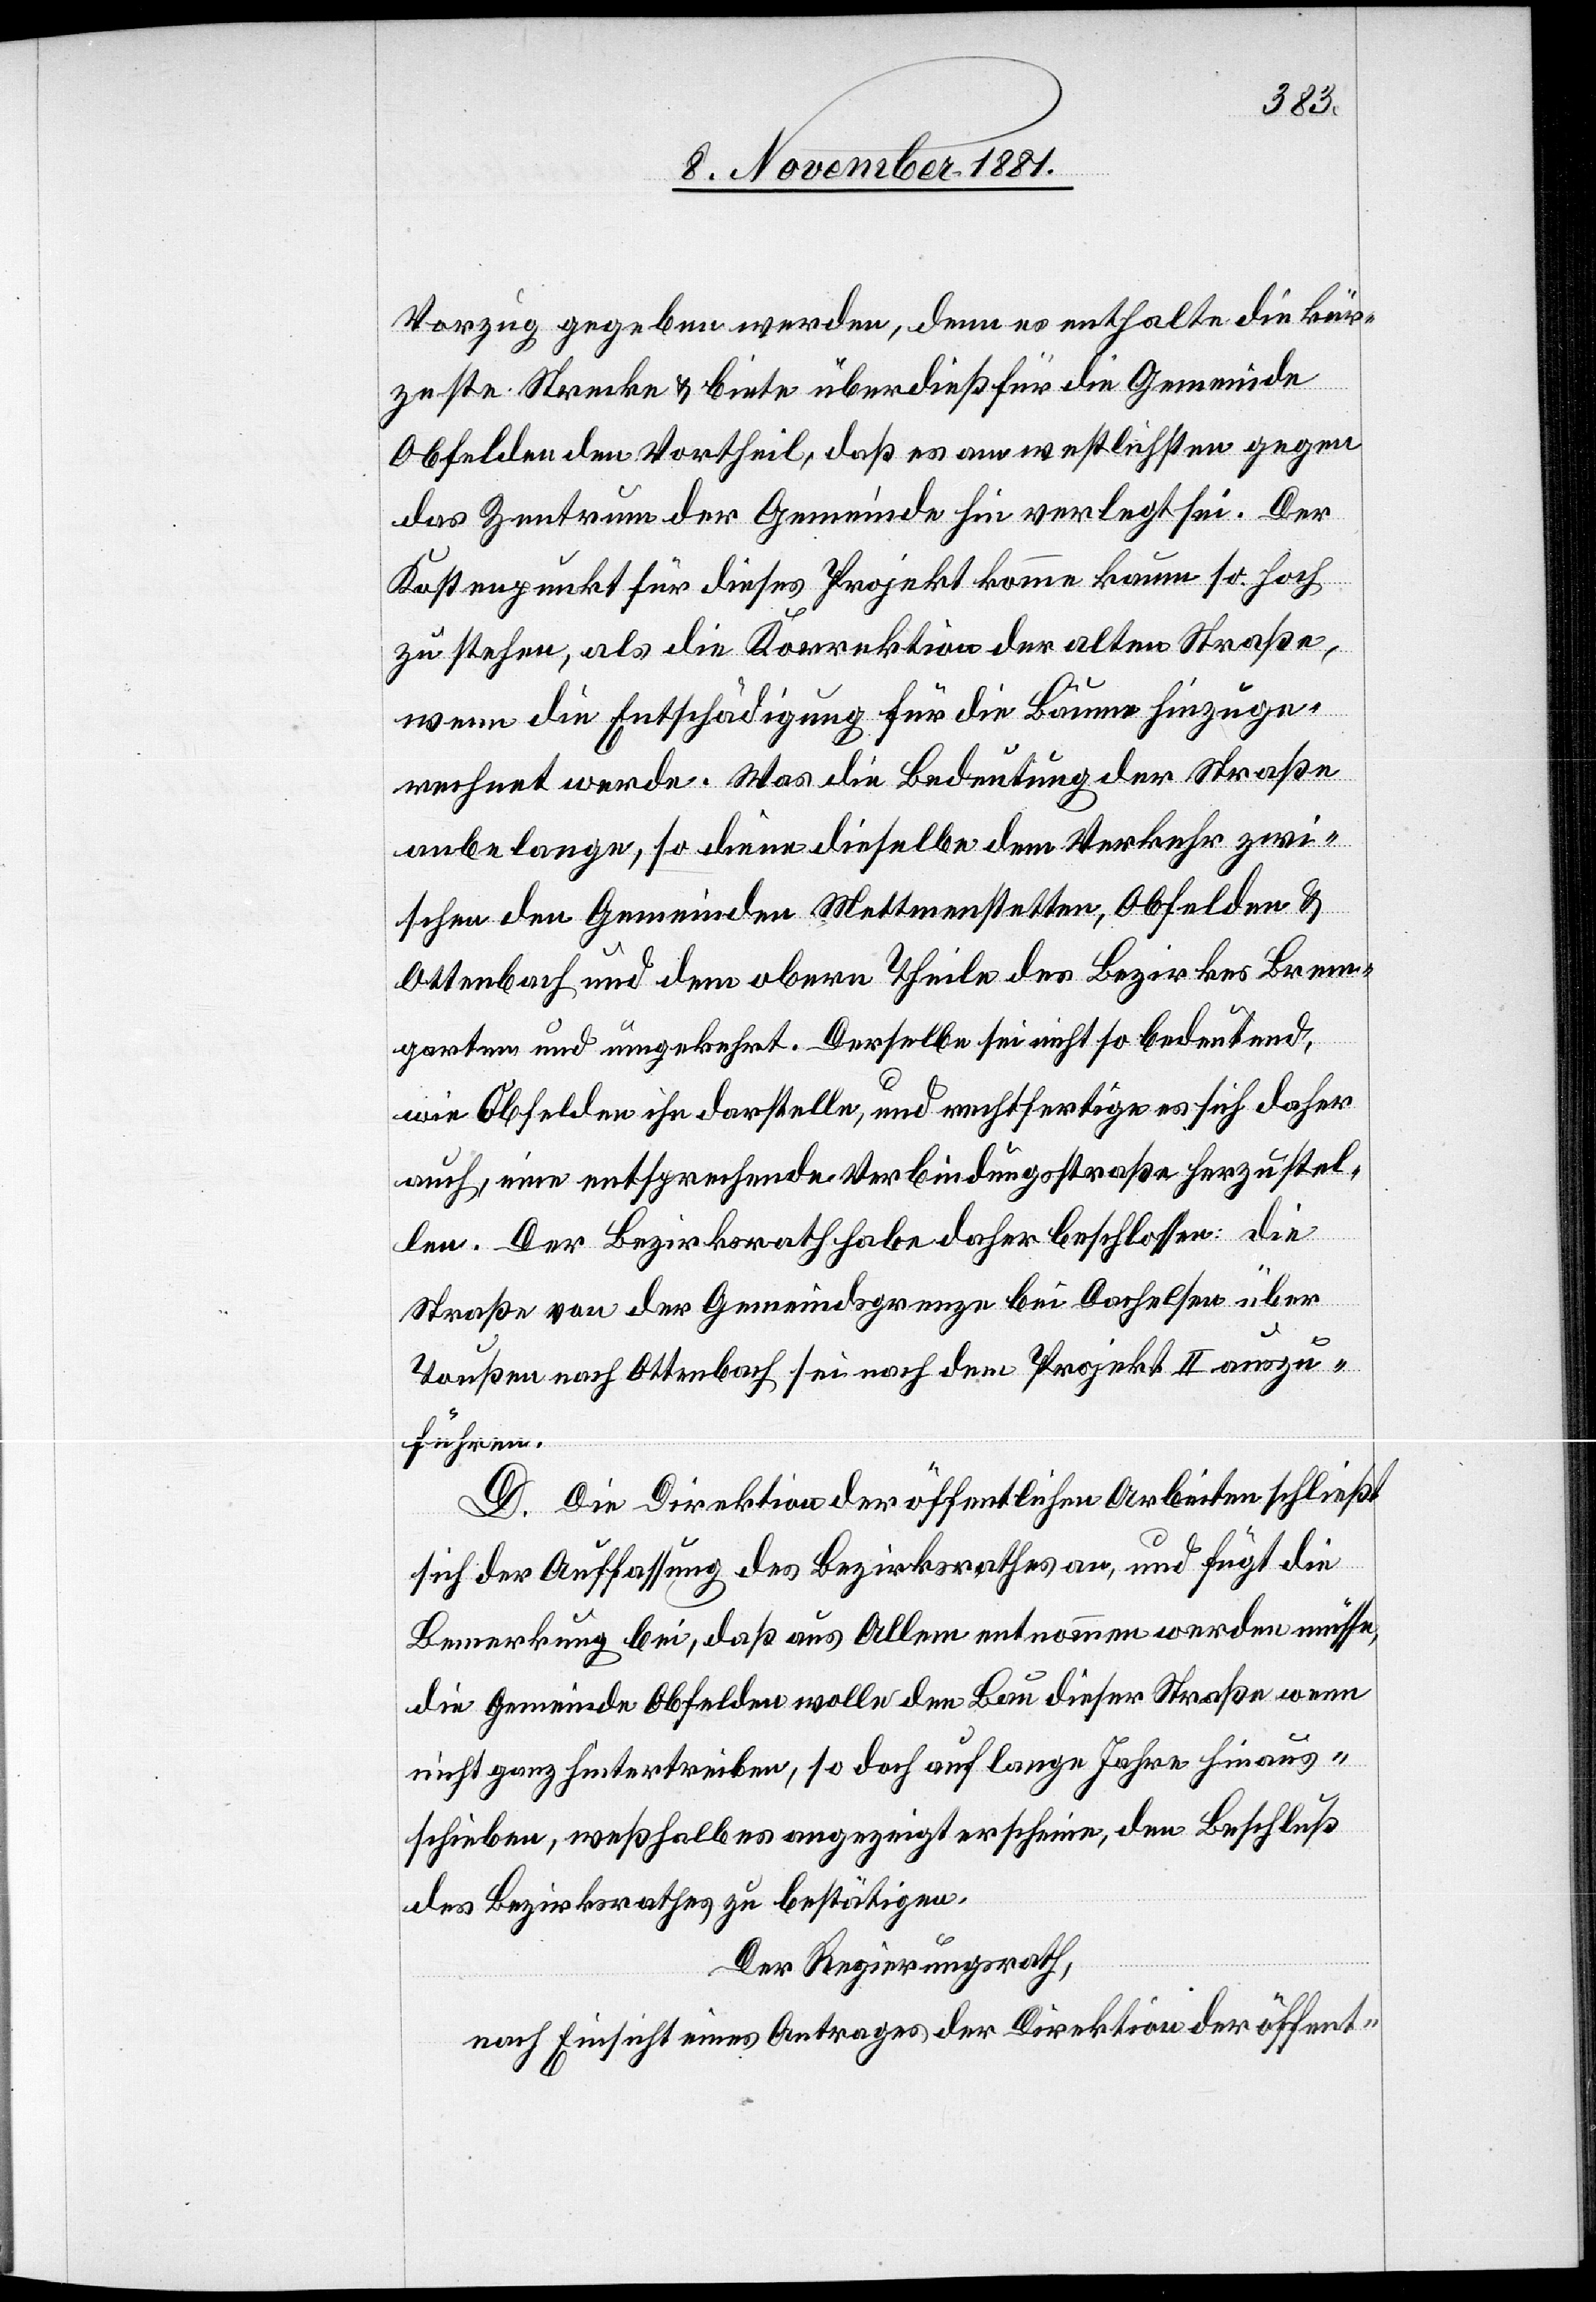
Vorzug gegeben werden, denn es enthalte die kür¬
zeste Strecke & biete überdieß für die Gemeinde
Obfelden den Vortheil, daß es am westlichsten gegen
das Zentrum der Gemeinde hin verlegt sei. Der
Kostenpunkt für dieses Projekt komme kaum so hoch
zu stehen, als die Korrektion der alten Straße,
wenn die Entschädigung für die Bäume hinzuge¬
rechnet werde. Was die Bedeutung der Straße
anbelange, so diene dieselbe dem Verkehr zwi¬
schen den Gemeinden Mettmenstetten, Obfelden &
Ottenbach und dem obern Theile des Bezirkes Brem¬
garten und umgekehrt. Derselbe sei nicht so bedeutend,
wie Obfelden ihn darstelle, und rechtfertige es sich daher
auch, eine entsprechende Verbindungsstraße herzustel¬
len. Der Bezirksrath habe daher beschlossen; die
Straße von der Gemeindsgrenze bei Dachelsen über
Toußen nach Ottenbach sei nach dem Projekt II auszu¬
führen.
D. Die Direktion der öffentlichen Arbeiten schließt
sich der Auffassung des Bezirksrathes an, und fügt die
Bemerkung bei, daß aus Allem entnommen werden müsse,
die Gemeinde Obfelden wolle den Bau dieser Straße wenn
nicht ganz hintertreiben, so doch auf lange Jahre hinaus¬
schieben, weßhalb es angezeigt erscheine, den Beschluß
des Bezirksrathes zu bestätigen.
Der Regierungsrath,
nach Einsicht eines Antrages der Direktion der öffent-